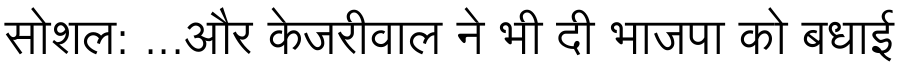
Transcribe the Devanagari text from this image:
सोशल: ...और केजरीवाल ने भी दी भाजपा को बधाई